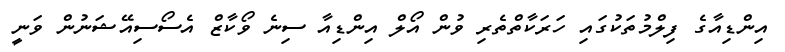
އިންޑިއާގެ ފިލްމުތަކުގައި ހަރަކާތްތެރި ވުން އޯލް އިންޑިއާ ސިނެ ވޯކާޒް އެސޯސިއޭޝަނުން ވަނީ